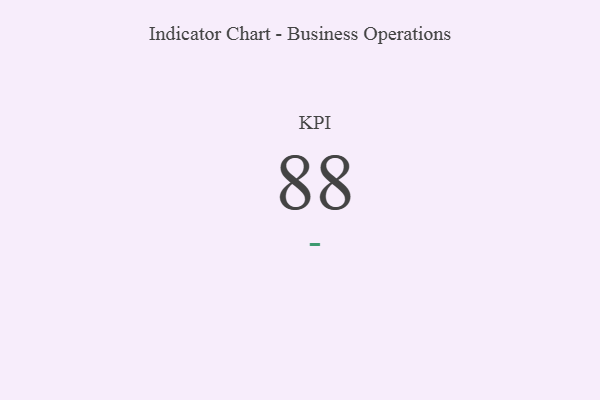
{"axis": {"x": "KPI", "y": "Value"}, "legend": [""], "data": [{"x": "KPI", "y": 88, "type": ""}]}